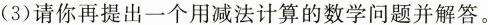
(3)请你再提出一个用减法计算的数学问题并解答。